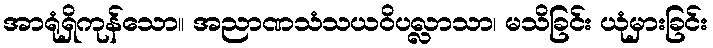
အာရုံရှိကုန်သော။ အညာဏသံသယဝိပလ္လာသာ၊ မသိခြင်း ယုံမှားခြင်း